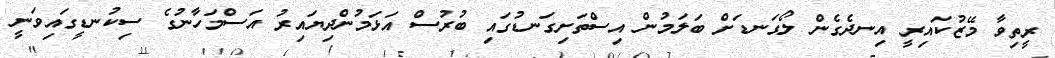
ރީތިވާ މޭޒުކައިރީ އިނދެގެން ލޯގަނޑަށް ބަލަމުން އިސްތަށިގަނޑުގައި ބުރުސް އަޅަމުންދިޔައިރު އަސްމަހާނުގެ ސިކުނޑީގައިވަނީ